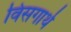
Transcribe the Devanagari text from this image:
विसगार्थ